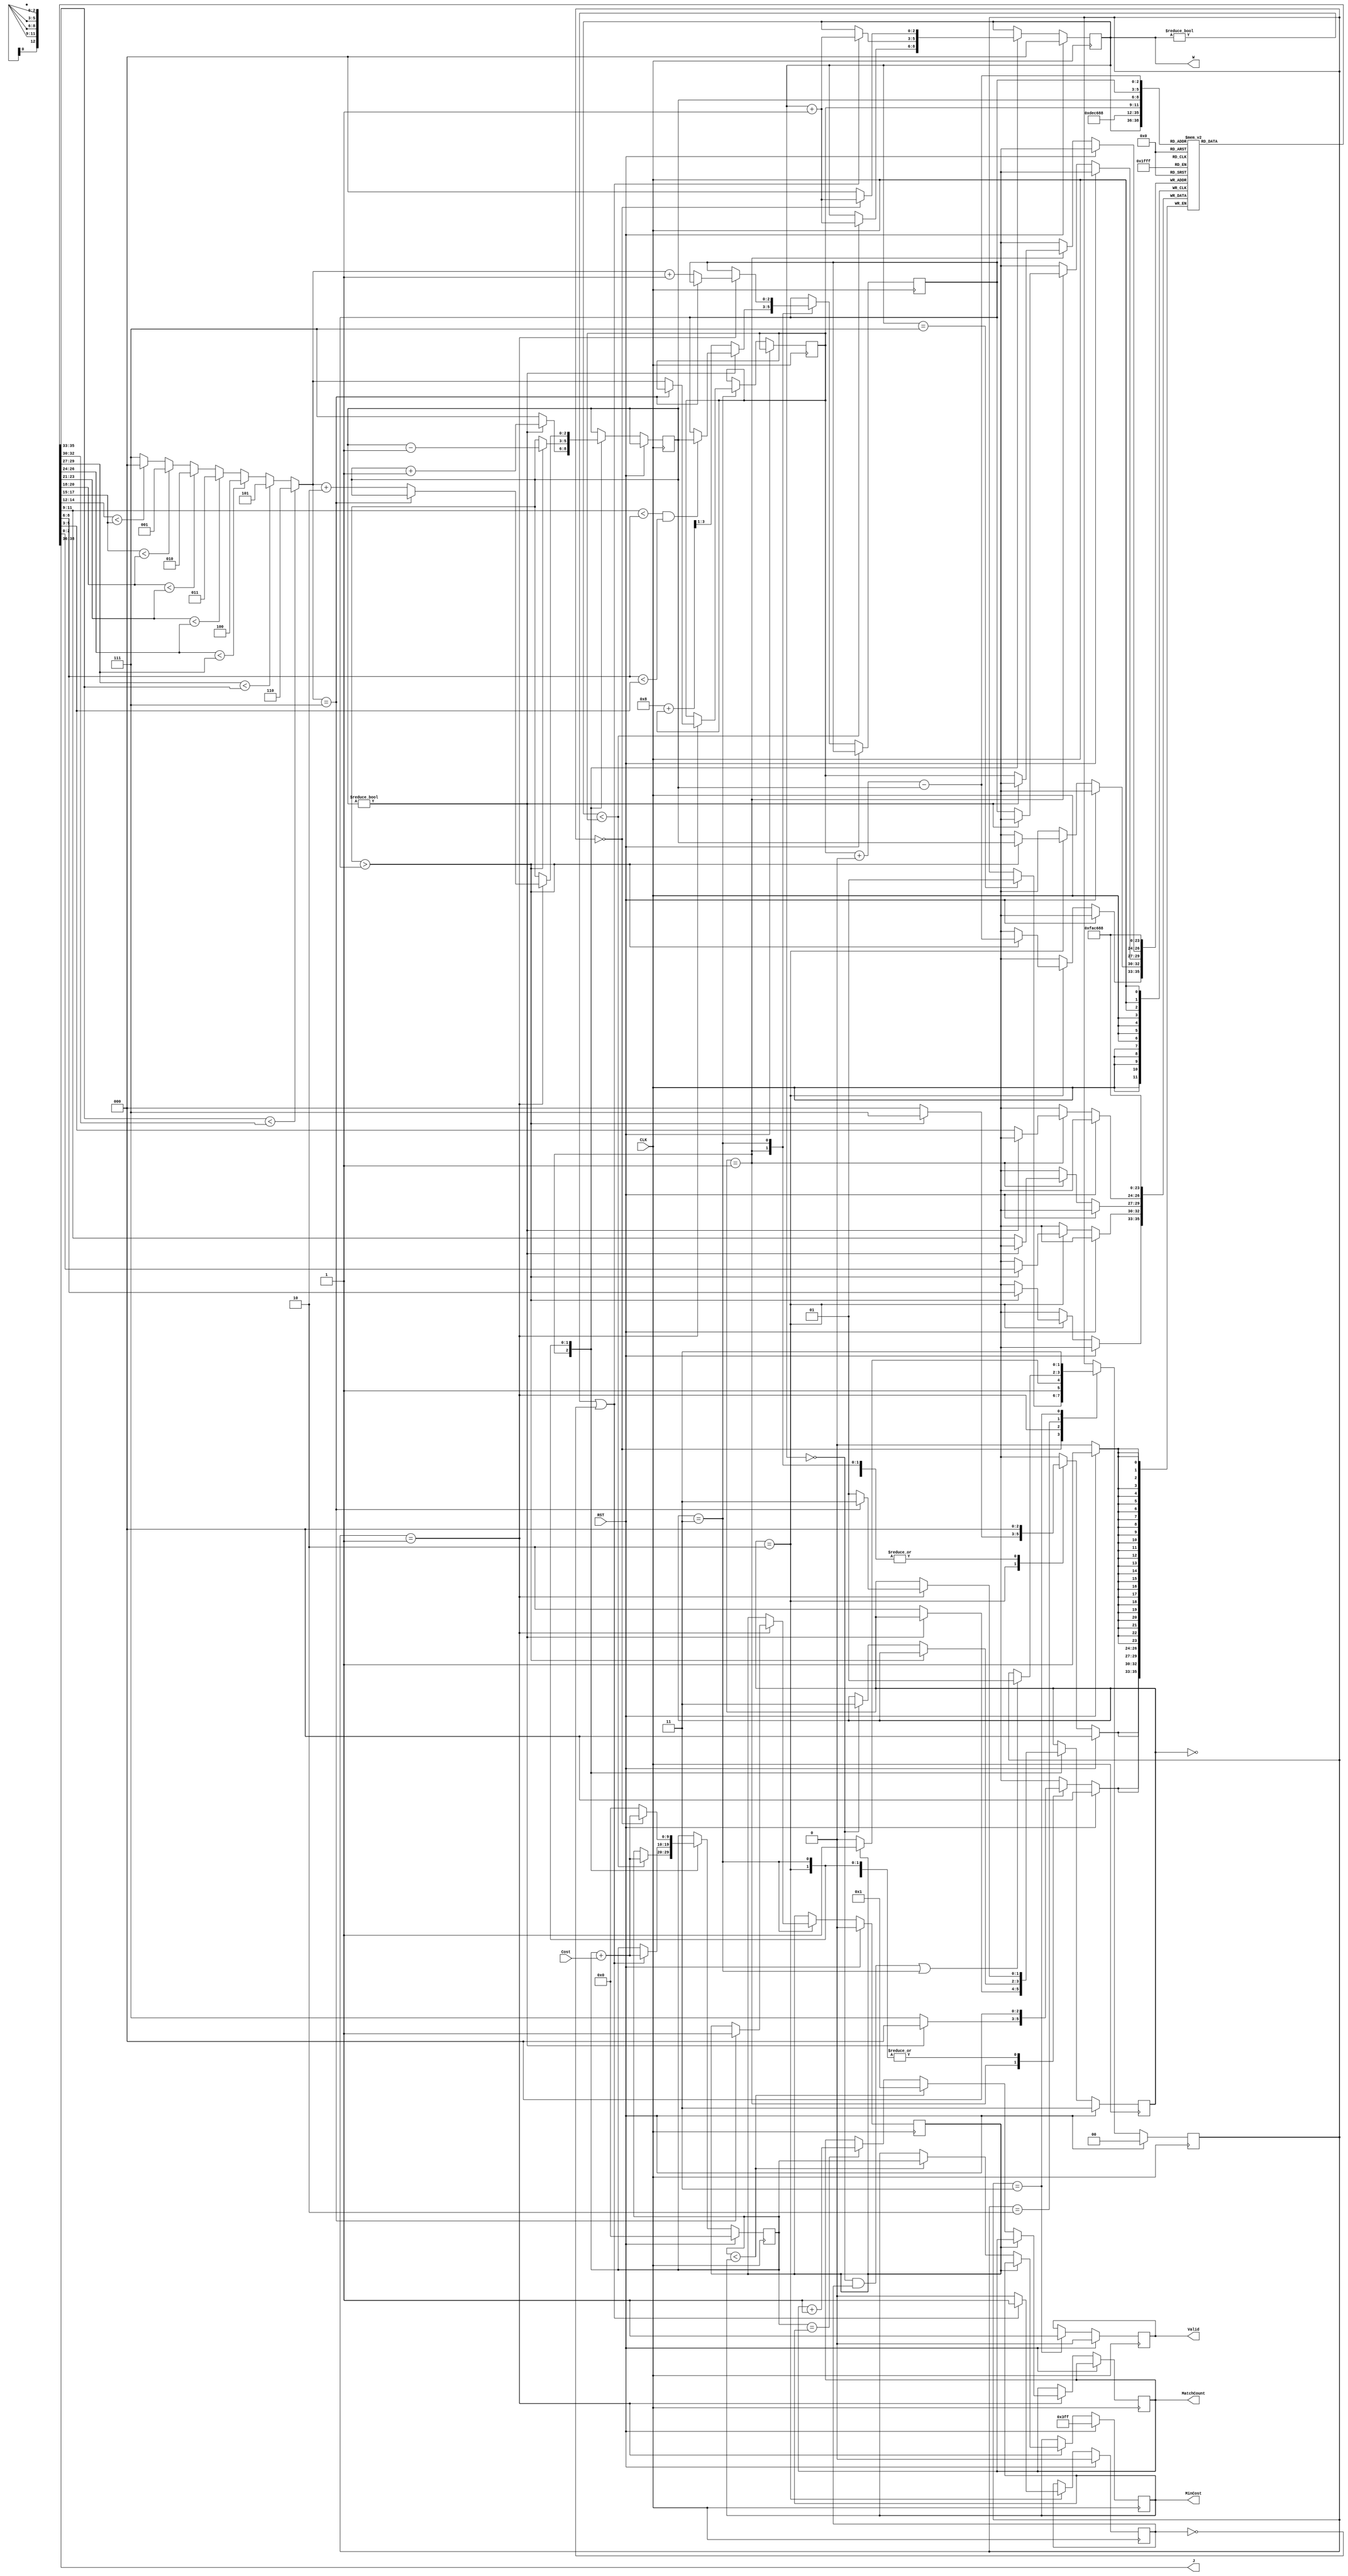
//EEGuizhi  (Behavior & Syn sim Correct) (ver4reg) (Cycles: 400000; Cell area: 6632; Total area: 91472)
module JAM (
    input CLK,
    input RST,
    output [2:0] W,
    output [2:0] J,
    input [6:0] Cost,
    output reg [3:0] MatchCount,
    output reg [9:0] MinCost,
    output reg Valid );

    parameter INIT = 0;
    parameter CALC = 1;
    parameter SWAP = 2;
    parameter OUTPUT = 3;
    reg [1:0] state;

    parameter FIND_SWAP_POINT = 0;
    parameter FIND_SWAP_VALUE = 1;
    parameter SWITCHING = 2;
    parameter FINISH = 3;
    reg [1:0] swap_state;

    reg [2:0] swap_ptr;  // (swap point)
    wire [2:0] next_swap_ptr;
    reg [2:0] ptr_saver;  // 
    reg [2:0] ptr;
    reg [2:0] sum_ptr;  // 
    reg sum_flag;  // sum_ptr0~7
    reg Done;

    reg [2:0] job [0:7];
    reg [9:0] TotalCost;

    assign W = sum_ptr;
    assign J = job[sum_ptr];
    assign next_swap_ptr =  (job[6] < job[7]) ? 6 :
                            (job[5] < job[6]) ? 5 :
                            (job[4] < job[5]) ? 4 :
                            (job[3] < job[4]) ? 3 :
                            (job[2] < job[3]) ? 2 :
                            (job[1] < job[2]) ? 1 :
                            (job[0] < job[1]) ? 0 : 7;

    // Jobs assignment (by)
    always @(posedge CLK) begin
        if(RST) begin
            swap_state <= FINISH;
            Done <= 0;
            
            job[0] <= 0;  // initial jobs
            job[1] <= 1;
            job[2] <= 2;
            job[3] <= 3;
            job[4] <= 4;
            job[5] <= 5;
            job[6] <= 6;
            job[7] <= 7;
        end
        else begin
            case (swap_state)
                FIND_SWAP_POINT: begin  //  swap point
                end
                FIND_SWAP_VALUE: begin  //  swap point 
                    if(ptr != 0) begin  // swap point 
                        if(job[swap_ptr] < job[ptr] && job[ptr] < job[ptr_saver]) begin  // get swap value
                            ptr_saver <= ptr;
                        end
                        ptr <= ptr + 1;
                    end
                    else begin
                        job[swap_ptr] <= job[ptr_saver];  // swap value in swap point
                        job[ptr_saver] <= job[swap_ptr];
                        ptr_saver <= (8 + swap_ptr) >> 1;  //  = (swap_ptr + 8) / 2
                        ptr <= 7;

                        swap_state <= SWITCHING;  // next state
                    end
                end
                SWITCHING: begin  // 
                    if(ptr > ptr_saver) begin
                        job[ptr] <= job[swap_ptr + 8 - ptr];  // swap
                        job[swap_ptr + 8 - ptr] <= job[ptr];
                        ptr <= ptr - 1;
                    end
                    else if(sum_ptr == 0) begin  // wait
                        swap_state <= FINISH;
                    end
                end
                FINISH: begin  //  
                    if(state == CALC) begin
                        if(next_swap_ptr == 7) begin  // swap point not found = finish all
                            Done <= 1;
                            swap_state <= FINISH;
                        end
                        else begin
                            swap_ptr <= next_swap_ptr;
                            ptr_saver <= next_swap_ptr + 1;
                            ptr <= next_swap_ptr + 2;
                            swap_state <= FIND_SWAP_VALUE;  // next state
                        end
                    end
                end
            endcase
        end
    end


    // Summing (cycle )
    always @(posedge CLK) begin
        if(RST) begin
            TotalCost <= 0;
            sum_ptr <= 0;
            sum_flag <= 0;
        end
        else begin
            case (swap_state)
                FIND_SWAP_POINT: begin
                end
                FIND_SWAP_VALUE: begin
                    if(sum_ptr < swap_ptr) begin
                        TotalCost <= TotalCost + Cost;
                        sum_ptr <= sum_ptr + 1;
                    end
                end
                SWITCHING: begin
                    if(sum_ptr != 0 || sum_flag == 0) begin
                        sum_flag <= 1;
                        TotalCost <= TotalCost + Cost;
                        sum_ptr <= sum_ptr + 1;
                    end
                    else begin
                        sum_flag <= 0;
                    end
                end
                FINISH: begin
                    if(state == INIT) begin
                        TotalCost <= TotalCost + Cost;
                        sum_ptr <= sum_ptr + 1;
                    end
                    else begin
                        TotalCost <= 0;
                        sum_ptr <= 0;
                    end
                end
            endcase
        end
    end


    // State control
    always @(posedge CLK) begin
        if(RST) begin  // reset
            Valid <= 0;
            MinCost <= 1023;
            state <= INIT;
        end
        else begin
            case (state)
                INIT: begin  // read initial costs
                    if(W == 7) begin
                        state <= CALC;  // next state
                    end
                end
                CALC: begin
                    if(Done) begin
                        state <= OUTPUT;  // next state
                    end
                    else begin
                        if(TotalCost < MinCost) begin  // smaller
                            MinCost <= TotalCost;
                            MatchCount <= 1;
                        end
                        else if(TotalCost == MinCost) begin  // equal
                            MatchCount <= MatchCount + 1;
                        end
                        state <= SWAP;  // switch jobs
                    end
                end
                SWAP: begin
                    if(sum_ptr == 0 && sum_flag == 1 || swap_state == FINISH) begin
                        state <= CALC;
                    end
                end
                OUTPUT: begin
                    Valid <= 1;
                    state <= OUTPUT;
                end
            endcase
        end
    end


endmodule